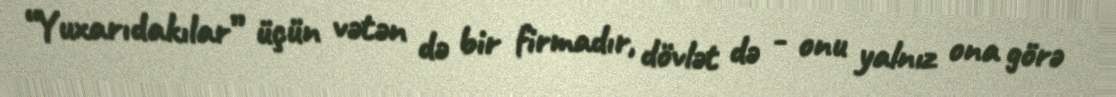
“Yuxarıdakılar” üçün vətən də bir firmadır, dövlət də - onu yalnız ona görə